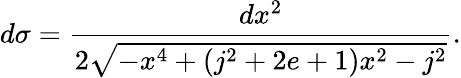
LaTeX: d\sigma=\frac{dx^{2}}{2\sqrt{-x^{4}+(j^{2}+2e+1)x^{2}-j^{2}}}.